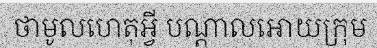
ថាមូលហេតុអ្វី បណ្តាលអោយក្រុម